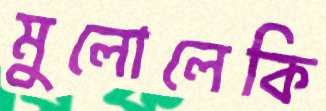
মুলোলেকি